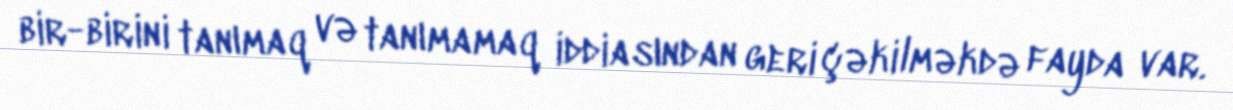
bir-birini tanımaq və tanımamaq iddiasından geri çəkilməkdə fayda var.